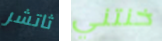
ثاتشر خنتني